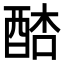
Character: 𨡋